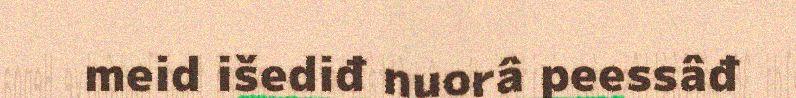
meid išediđ nuorâ peessâđ